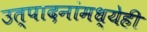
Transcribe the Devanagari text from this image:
उत्पादनांमध्येही